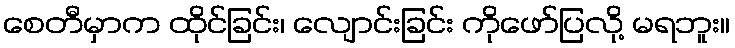
စေတီမှာက ထိုင်ခြင်း၊ လျောင်းခြင်း ကိုဖော်ပြလို့ မရဘူး။